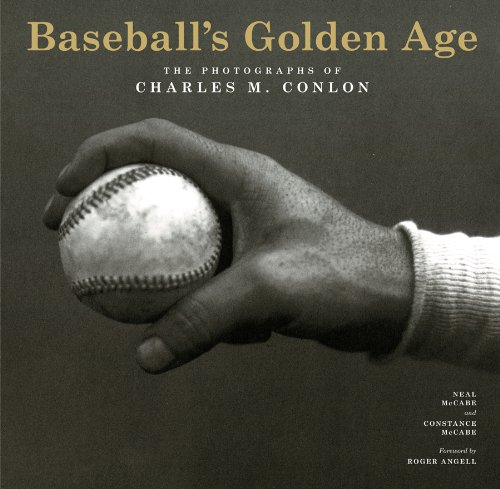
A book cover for Baseball's Golden Age: The Photographs of Charles M. Conlon; Constance McCabe; Arts & Photography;